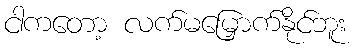
ငါကတော့ လက်မမြှောက်နိုင်ဘူး